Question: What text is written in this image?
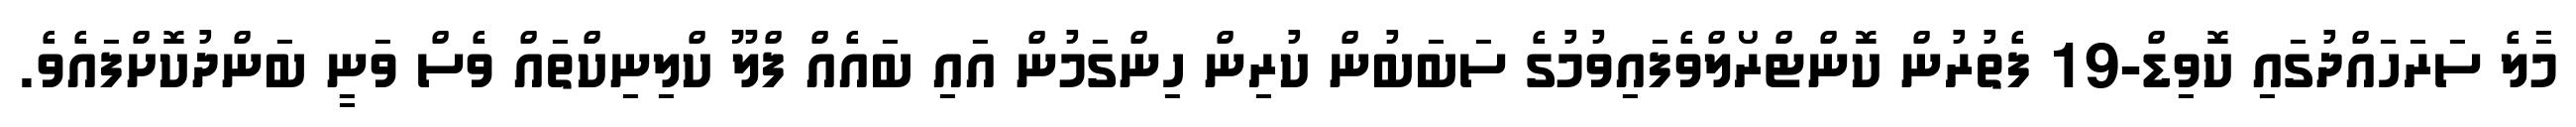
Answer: މާލެ ސަރަހައްދުގައި ކޮވިޑް-19 ފެތުރުން ކޮންޓްރޯލްވެފައިވުމުގެ ސަބަބުން ކުރިން ހިންގަމުން އައި ބައެއް ފްލޫ ކްލިނިކްތައް ވެސް ވަނީ ބަންދުކޮށްފައެވެ.